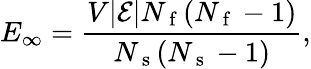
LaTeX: E_{\infty}=\frac{V|\mathcal{E}|N_{\mathrm{~f~}}(N_{\mathrm{~f~}}-1)}{N_{\mathrm{~s~}}(N_{\mathrm{~s~}}-1)},